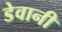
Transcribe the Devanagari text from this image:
डेवानी